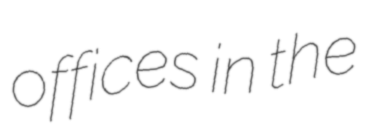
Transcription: offices in the